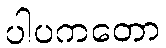
ပါပကတော